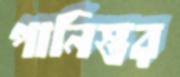
পানিস্তর